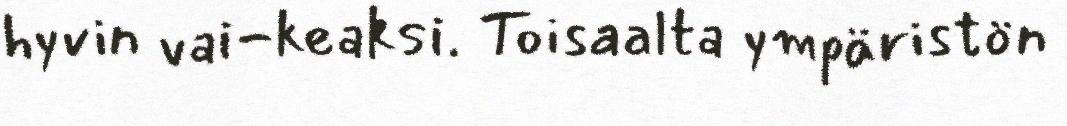
hyvin vai-keaksi. Toisaalta ympäristön